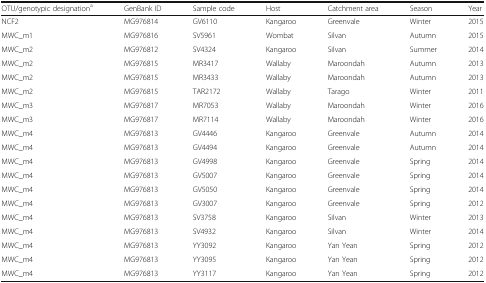
<table><thead><tr><td><b>OTU/genotypic designation<sup>a</sup></b></td><td><b>GenBank ID</b></td><td><b>Sample code</b></td><td><b>Host</b></td><td><b>Catchment area</b></td><td><b>Season</b></td><td><b>Year</b></td></tr></thead><tbody><tr><td>NCF2</td><td>MG976814</td><td>GV6110</td><td>Kangaroo</td><td>Greenvale</td><td>Winter</td><td>2015</td></tr><tr><td>MWC_m1</td><td>MG976816</td><td>SV5961</td><td>Wombat</td><td>Silvan</td><td>Autumn</td><td>2015</td></tr><tr><td>MWC_m2</td><td>MG976812</td><td>SV4324</td><td>Kangaroo</td><td>Silvan</td><td>Summer</td><td>2014</td></tr><tr><td>MWC_m2</td><td>MG976815</td><td>MR3417</td><td>Wallaby</td><td>Maroondah</td><td>Autumn</td><td>2013</td></tr><tr><td>MWC_m2</td><td>MG976815</td><td>MR3433</td><td>Wallaby</td><td>Maroondah</td><td>Autumn</td><td>2013</td></tr><tr><td>MWC_m2</td><td>MG976815</td><td>TAR2172</td><td>Wallaby</td><td>Tarago</td><td>Winter</td><td>2011</td></tr><tr><td>MWC_m3</td><td>MG976817</td><td>MR7053</td><td>Wallaby</td><td>Maroondah</td><td>Winter</td><td>2016</td></tr><tr><td>MWC_m3</td><td>MG976817</td><td>MR7114</td><td>Wallaby</td><td>Maroondah</td><td>Winter</td><td>2016</td></tr><tr><td>MWC_m4</td><td>MG976813</td><td>GV4446</td><td>Kangaroo</td><td>Greenvale</td><td>Autumn</td><td>2014</td></tr><tr><td>MWC_m4</td><td>MG976813</td><td>GV4494</td><td>Kangaroo</td><td>Greenvale</td><td>Autumn</td><td>2014</td></tr><tr><td>MWC_m4</td><td>MG976813</td><td>GV4998</td><td>Kangaroo</td><td>Greenvale</td><td>Spring</td><td>2014</td></tr><tr><td>MWC_m4</td><td>MG976813</td><td>GV5007</td><td>Kangaroo</td><td>Greenvale</td><td>Spring</td><td>2014</td></tr><tr><td>MWC_m4</td><td>MG976813</td><td>GV5050</td><td>Kangaroo</td><td>Greenvale</td><td>Spring</td><td>2014</td></tr><tr><td>MWC_m4</td><td>MG976813</td><td>GV3007</td><td>Kangaroo</td><td>Greenvale</td><td>Spring</td><td>2012</td></tr><tr><td>MWC_m4</td><td>MG976813</td><td>SV3758</td><td>Kangaroo</td><td>Silvan</td><td>Winter</td><td>2013</td></tr><tr><td>MWC_m4</td><td>MG976813</td><td>SV4932</td><td>Kangaroo</td><td>Silvan</td><td>Winter</td><td>2014</td></tr><tr><td>MWC_m4</td><td>MG976813</td><td>YY3092</td><td>Kangaroo</td><td>Yan Yean</td><td>Spring</td><td>2012</td></tr><tr><td>MWC_m4</td><td>MG976813</td><td>YY3095</td><td>Kangaroo</td><td>Yan Yean</td><td>Spring</td><td>2012</td></tr><tr><td>MWC_m4</td><td>MG976813</td><td>YY3117</td><td>Kangaroo</td><td>Yan Yean</td><td>Spring</td><td>2012</td></tr></tbody></table>